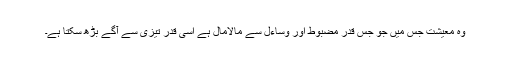
وہ معیشت جس میں جو جس قدر مضبوط اور وساءل سے مالامال ہے اسی قدر تیزی سے آگے بڑھ سکتا ہے۔